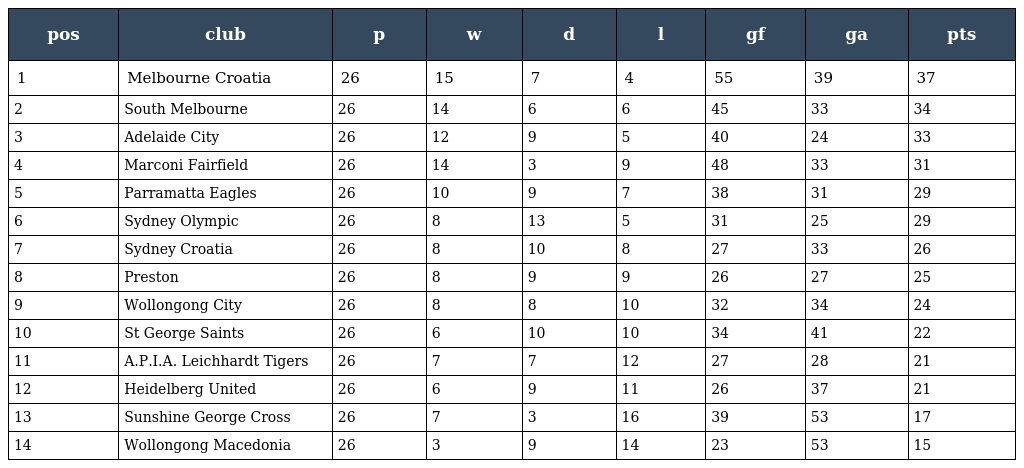
| pos | club | p | w | d | l | gf | ga | pts |
 | --- | --- | --- | --- | --- | --- | --- | --- | --- |
 | 1 | Melbourne Croatia | 26 | 15 | 7 | 4 | 55 | 39 | 37 |
 | 2 | South Melbourne | 26 | 14 | 6 | 6 | 45 | 33 | 34 |
 | 3 | Adelaide City | 26 | 12 | 9 | 5 | 40 | 24 | 33 |
 | 4 | Marconi Fairfield | 26 | 14 | 3 | 9 | 48 | 33 | 31 |
 | 5 | Parramatta Eagles | 26 | 10 | 9 | 7 | 38 | 31 | 29 |
 | 6 | Sydney Olympic | 26 | 8 | 13 | 5 | 31 | 25 | 29 |
 | 7 | Sydney Croatia | 26 | 8 | 10 | 8 | 27 | 33 | 26 |
 | 8 | Preston | 26 | 8 | 9 | 9 | 26 | 27 | 25 |
 | 9 | Wollongong City | 26 | 8 | 8 | 10 | 32 | 34 | 24 |
 | 10 | St George Saints | 26 | 6 | 10 | 10 | 34 | 41 | 22 |
 | 11 | A.P.I.A. Leichhardt Tigers | 26 | 7 | 7 | 12 | 27 | 28 | 21 |
 | 12 | Heidelberg United | 26 | 6 | 9 | 11 | 26 | 37 | 21 |
 | 13 | Sunshine George Cross | 26 | 7 | 3 | 16 | 39 | 53 | 17 |
 | 14 | Wollongong Macedonia | 26 | 3 | 9 | 14 | 23 | 53 | 15 |